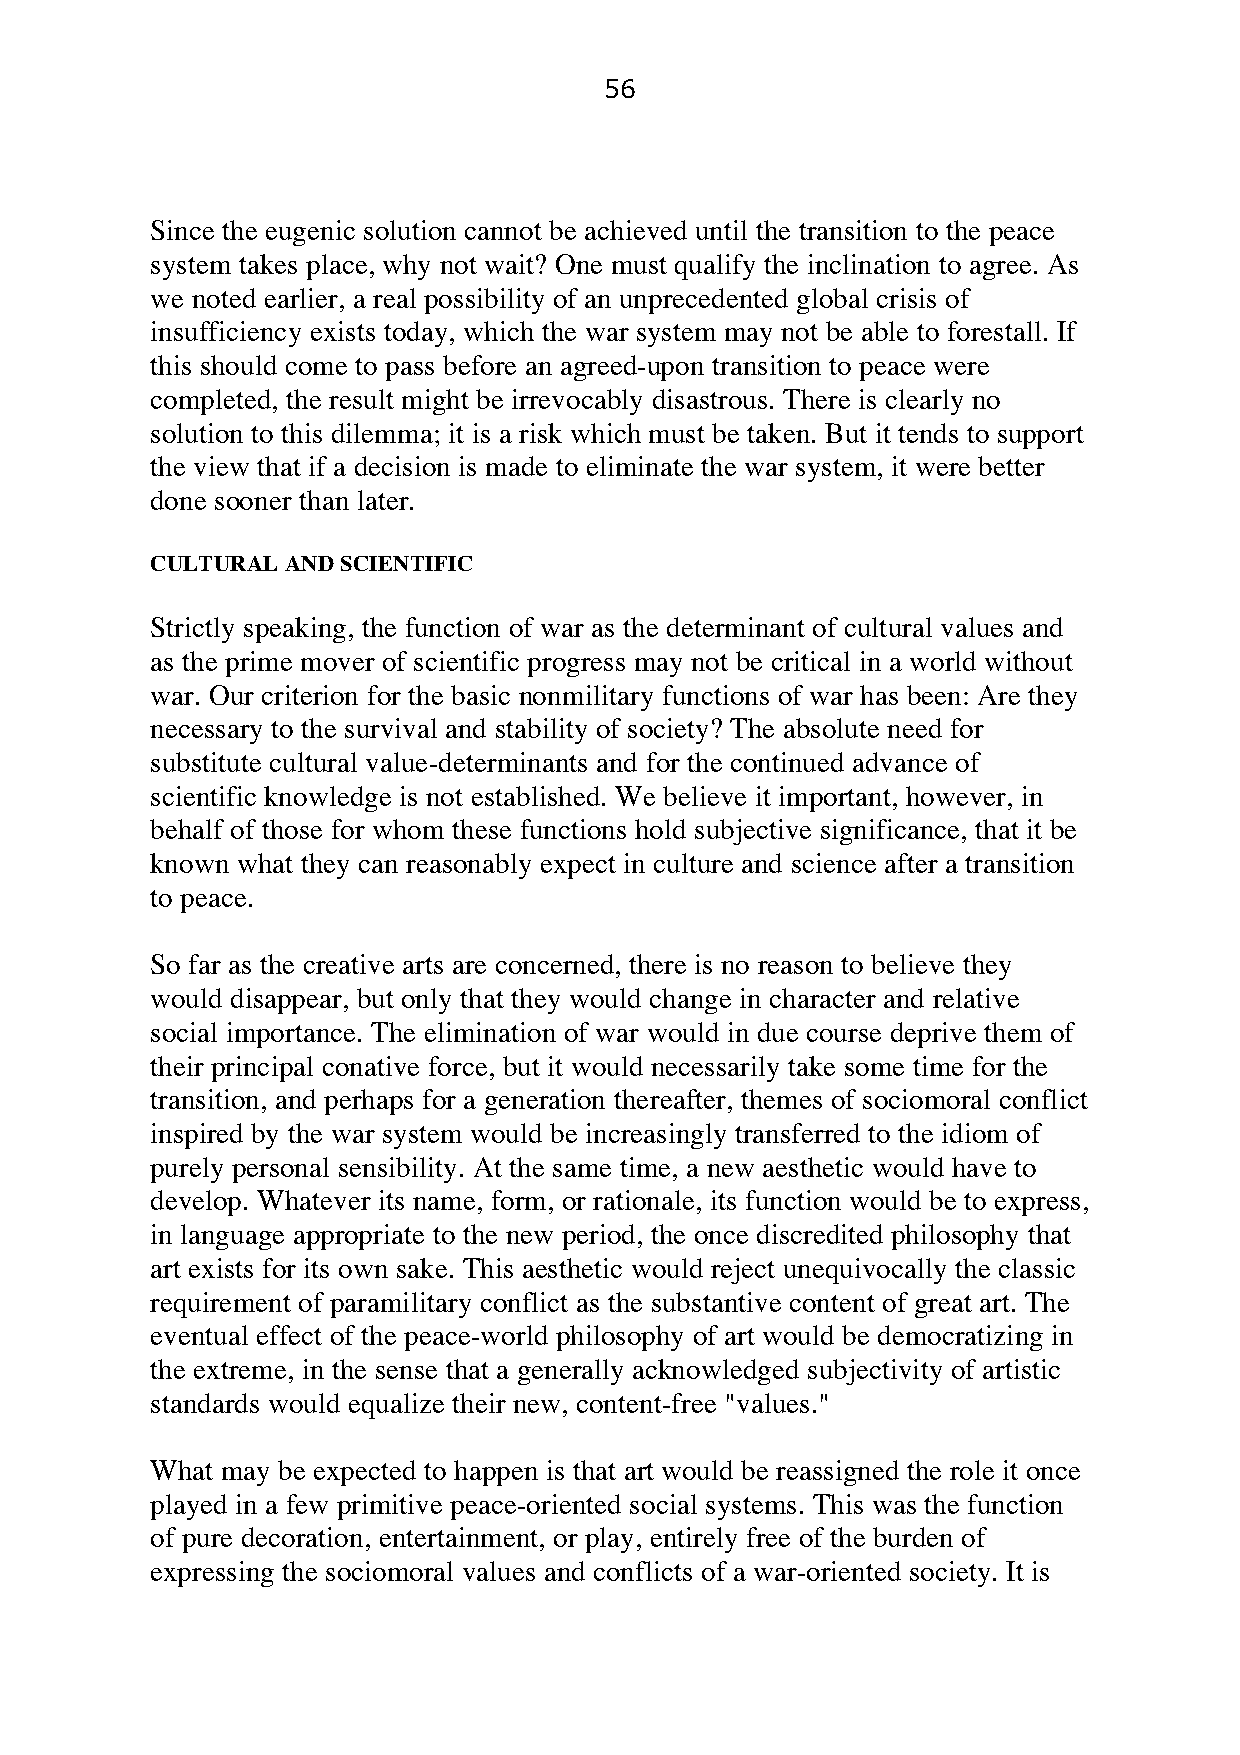
56
 Since the eugenic solution cannot be achieved until the transition to the peace
 system takes place, why not wait? One must qualify the inclination to agree. As
 we noted earlier, a real possibility of an unprecedented global crisis of
 insufficiency exists today, which the war system may not be able to forestall. If
 this should come to pass before an agreed-upon transition to peace were
 completed, the result might be irrevocably disastrous. There is clearly no
 solution to this dilemma; it is a risk which must be taken. But it tends to support
 the view that if a decision is made to eliminate the war system, it were better
 done sooner than later.
 CULTURAL AND SCIENTIFIC
 Strictly speaking, the function of war as the determinant of cultural values and
 as the prime mover of scientific progress may not be critical in a world without
 war. Our criterion for the basic nonmilitary functions of war has been: Are they
 necessary to the survival and stability of society? The absolute need for
 substitute cultural value-determinants and for the continued advance of
 scientific knowledge is not established. We believe it important, however, in
 behalf of those for whom these functions hold subjective significance, that it be
 known what they can reasonably expect in culture and science after a transition
 to peace.
 So far as the creative arts are concerned, there is no reason to believe they
 would disappear, but only that they would change in character and relative
 social importance. The elimination of war would in due course deprive them of
 their principal conative force, but it would necessarily take some time for the
 transition, and perhaps for a generation thereafter, themes of sociomoral conflict
 inspired by the war system would be increasingly transferred to the idiom of
 purely personal sensibility. At the same time, a new aesthetic would have to
 develop. Whatever its name, form, or rationale, its function would be to express,
 in language appropriate to the new period, the once discredited philosophy that
 art exists for its own sake. This aesthetic would reject unequivocally the classic
 requirement of paramilitary conflict as the substantive content of great art. The
 eventual effect of the peace-world philosophy of art would be democratizing in
 the extreme, in the sense that a generally acknowledged subjectivity of artistic
 standards would equalize their new, content-free "values."
 What may be expected to happen is that art would be reassigned the role it once
 played in a few primitive peace-oriented social systems. This was the function
 of pure decoration, entertainment, or play, entirely free of the burden of
 expressing the sociomoral values and conflicts of a war-oriented society. It is